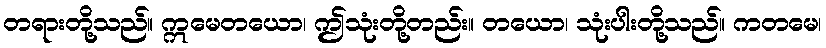
တရားတို့သည်။ ဣမေတယော၊ ဤသုံးတို့တည်း။ တယော၊ သုံးပါးတို့သည်။ ကတမေ၊